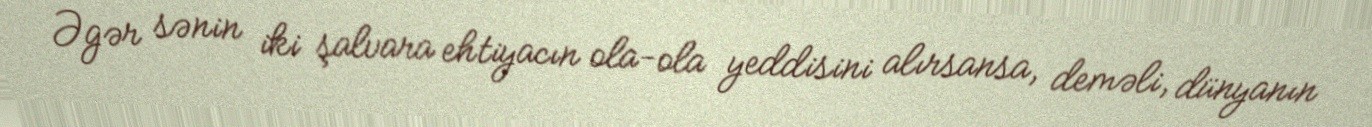
Əgər sənin iki şalvara ehtiyacın ola-ola yeddisini alırsansa, deməli, dünyanın